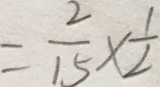
= \frac { 2 } { 1 5 } \times \frac { 1 } { 2 }